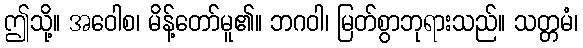
ဤသို့။ အဝေါစ၊ မိန့်တော်မူ၏။ ဘဂဝါ၊ မြတ်စွာဘုရားသည်။ သတ္တမံ၊